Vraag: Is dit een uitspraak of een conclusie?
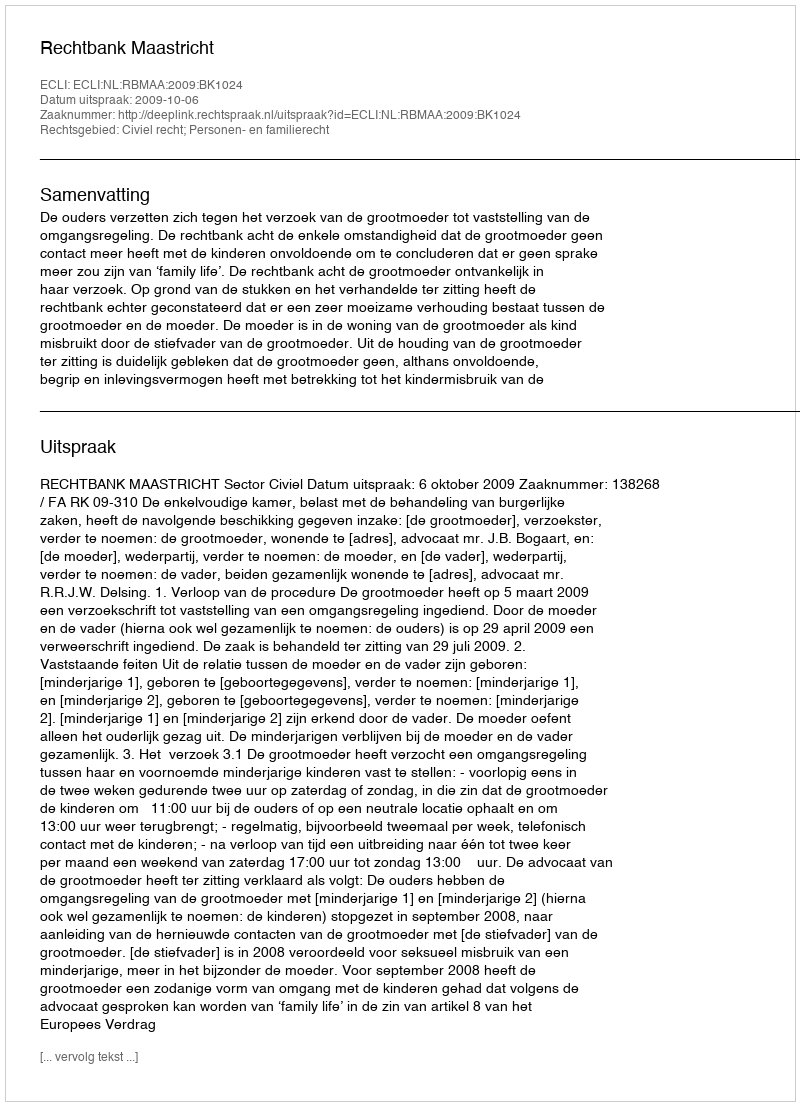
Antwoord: Uitspraak